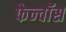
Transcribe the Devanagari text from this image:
फेन्‍वॉस